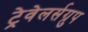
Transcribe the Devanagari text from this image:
ट्रेवेलर्सग्रुप